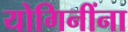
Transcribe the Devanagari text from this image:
योगिनींना